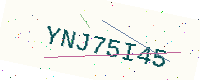
Text: YNJ75I45